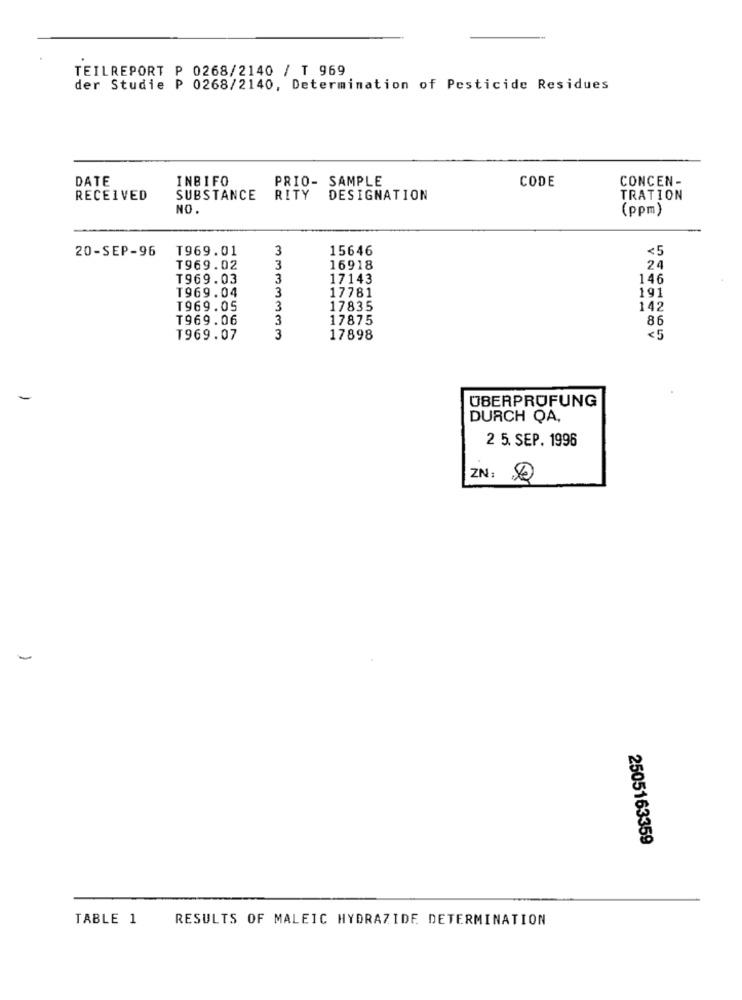
TEILREPORT P 0268/2140 / T 969
der Studie P 0268/2140, Determination of Pesticide Residues
DATE
INBIFO
PRIO- SAMPLE
CODE
CONCEN -
RECEIVED
SUBSTANCE
RITY
DESIGNATION
TRATION
NO.
(ppm)
20-SEP-96
T969.01
3
15646
<5
T969.02
3
16918
24
T969.03
3
17143
146
T969.04
3
17781
191
T969.05
3
17835
142
T969.06
3
17875
86
T969.07
3
17898
-
ÜBERPRÜFUNG
DURCH QA,
2 5. SEP. 1996
ZN:
2505163359
TABLE 1
RESULTS OF MALEIC HYDRAZIDE DETERMINATION